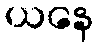
ယနေ